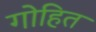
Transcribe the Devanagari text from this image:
गोहित